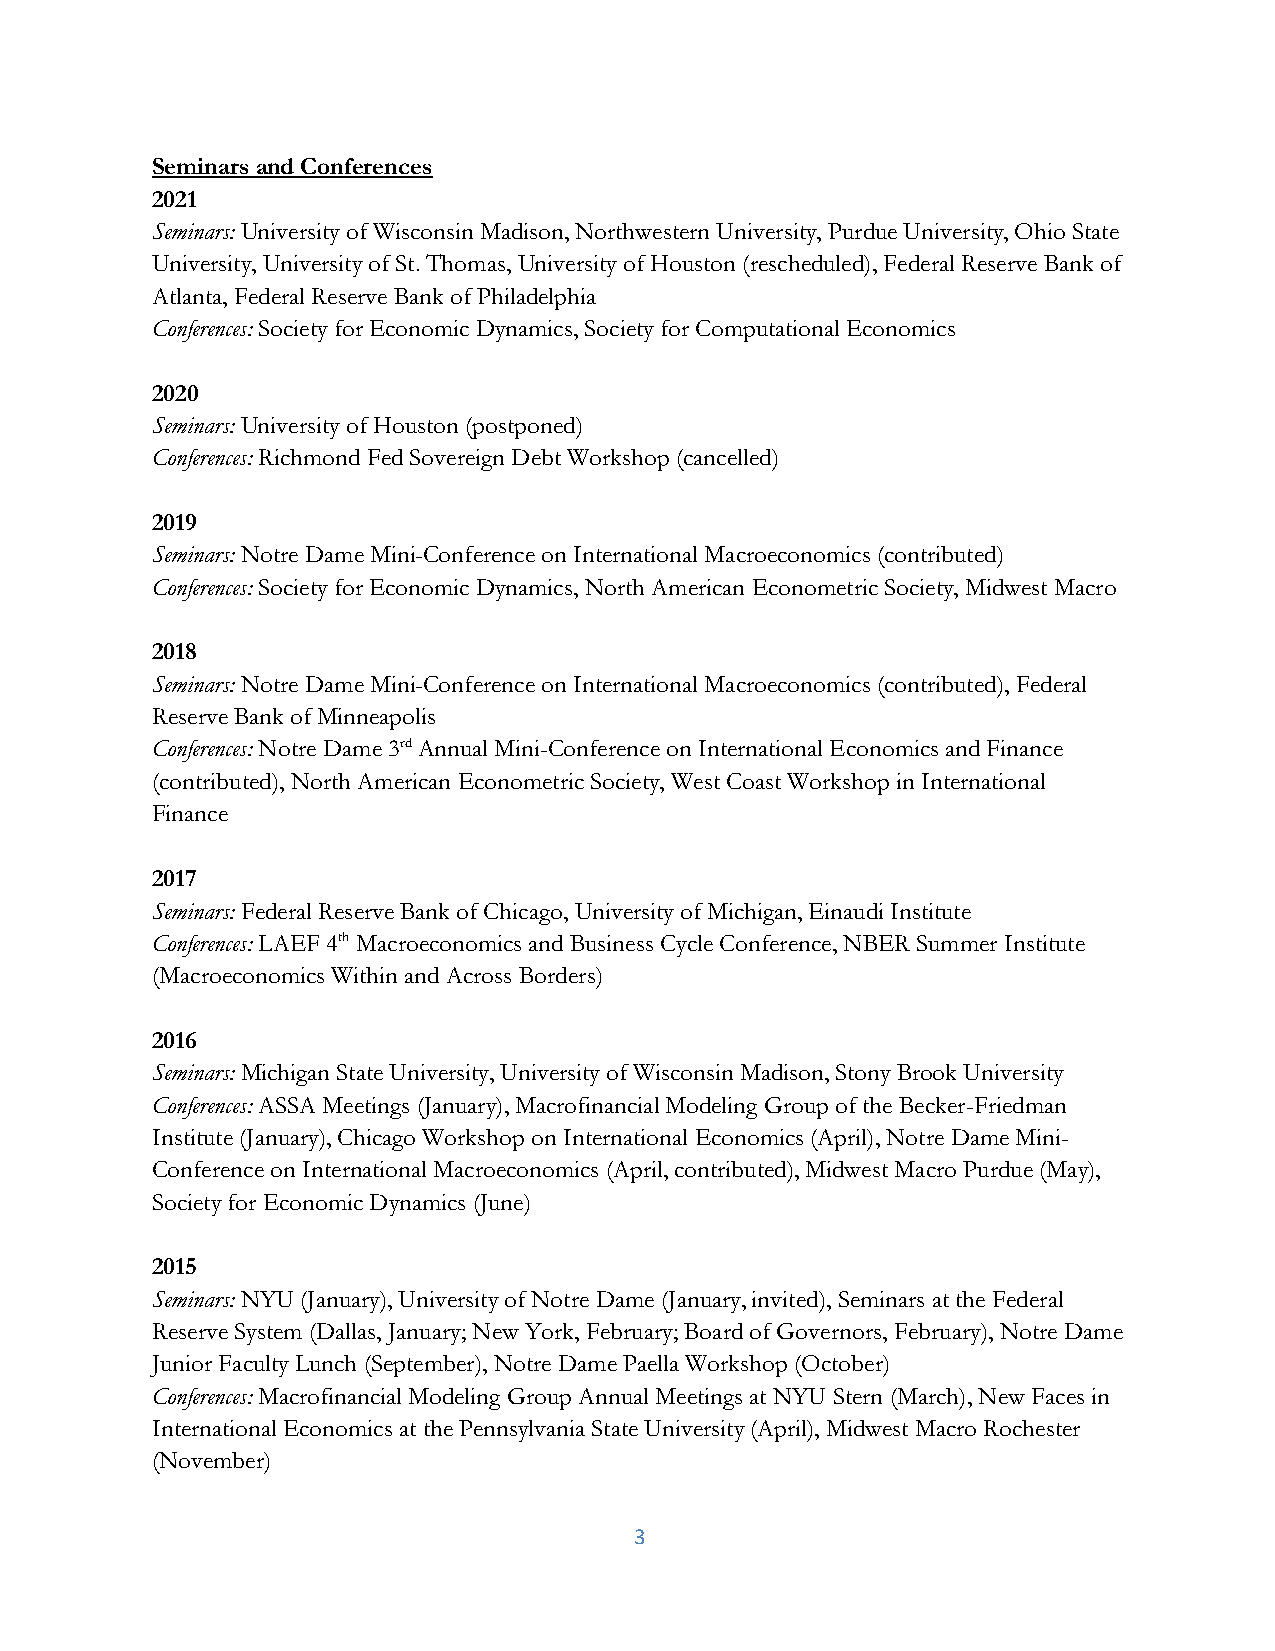
Seminars and Conferences
 2021
 Seminars: University of Wisconsin Madison, Northwestern University, Purdue University, Ohio State
 University, University of St. Thomas, University of Houston (rescheduled), Federal Reserve Bank of
 Atlanta, Federal Reserve Bank of Philadelphia
 Conferences: Society for Economic Dynamics, Society for Computational Economics
 2020
 Seminars: University of Houston (postponed)
 Conferences: Richmond Fed Sovereign Debt Workshop (cancelled)
 2019
 Seminars: Notre Dame Mini-Conference on International Macroeconomics (contributed)
 Conferences: Society for Economic Dynamics, North American Econometric Society, Midwest Macro
 2018
 Seminars: Notre Dame Mini-Conference on International Macroeconomics (contributed), Federal
 Reserve Bank of Minneapolis
 Conferences: Notre Dame 3rd Annual Mini-Conference on International Economics and Finance
 (contributed), North American Econometric Society, West Coast Workshop in International
 Finance
 2017
 Seminars: Federal Reserve Bank of Chicago, University of Michigan, Einaudi Institute
 Conferences: LAEF 4th Macroeconomics and Business Cycle Conference, NBER Summer Institute
 (Macroeconomics Within and Across Borders)
 2016
 Seminars: Michigan State University, University of Wisconsin Madison, Stony Brook University
 Conferences: ASSA Meetings (January), Macrofinancial Modeling Group of the Becker-Friedman
 Institute (January), Chicago Workshop on International Economics (April), Notre Dame Mini-
 Conference on International Macroeconomics (April, contributed), Midwest Macro Purdue (May),
 Society for Economic Dynamics (June)
 2015
 Seminars: NYU (January), University of Notre Dame (January, invited), Seminars at the Federal
 Reserve System (Dallas, January; New York, February; Board of Governors, February), Notre Dame
 Junior Faculty Lunch (September), Notre Dame Paella Workshop (October)
 Conferences: Macrofinancial Modeling Group Annual Meetings at NYU Stern (March), New Faces in
 International Economics at the Pennsylvania State University (April), Midwest Macro Rochester
 (November)
 3